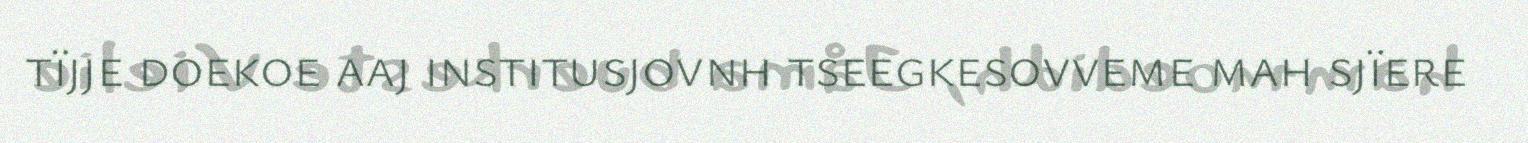
tïjje doekoe aaj institusjovnh tseegkesovveme mah sjïere